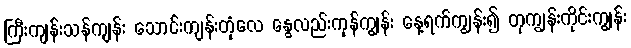
ကြီးကျန်းသန်ကျန်း သောင်းကျန်းတုံလေ နွေလည်းကုန်ကျွန်း နေ့ရက်ကျွန်း၍ တုကျွန်းကိုင်းကျွန်း